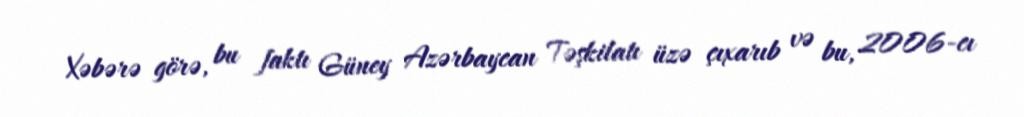
Xəbərə görə, bu faktı Güney Azərbaycan Təşkilatı üzə çıxarıb və bu, 2006-cı